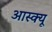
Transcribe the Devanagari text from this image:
आस्क्यू